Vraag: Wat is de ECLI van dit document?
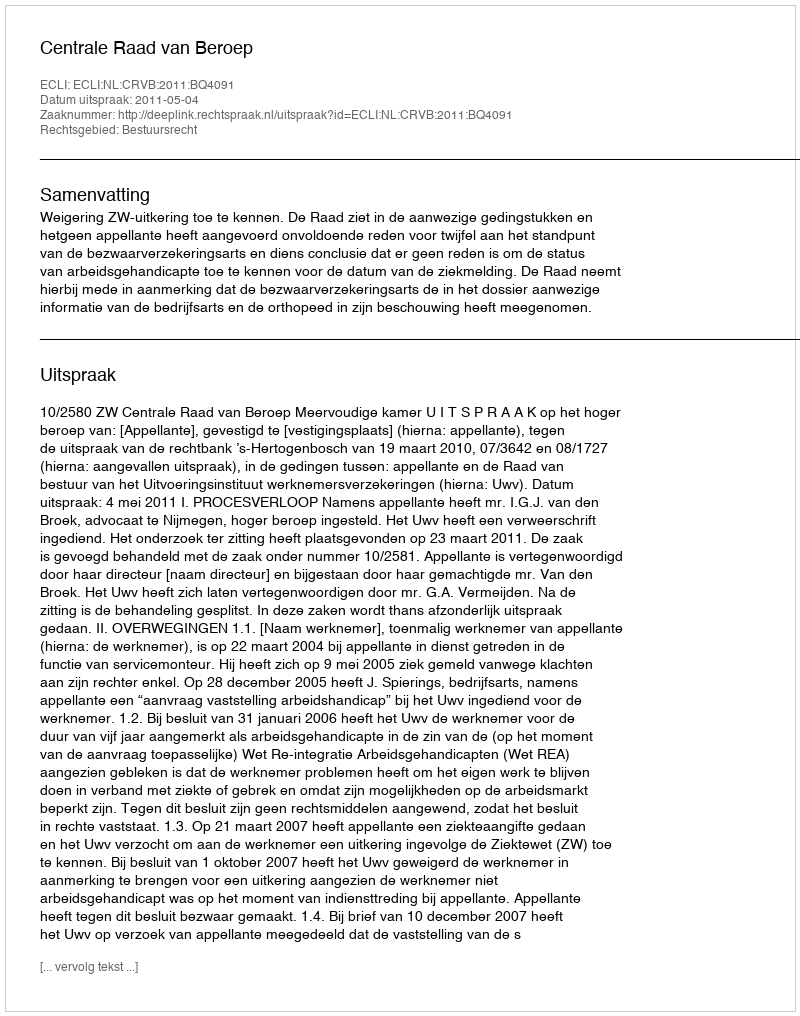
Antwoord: ECLI:NL:CRVB:2011:BQ4091